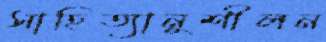
সাহিত্যানুশীলন